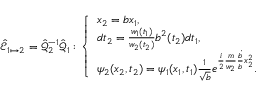
\hat { \mathcal { E } } _ { 1 \mapsto 2 } = \hat { \mathcal { Q } } _ { 2 } ^ { - 1 } \hat { \mathcal { Q } } _ { 1 } : \left\{ \begin{array} { l l } { x _ { 2 } = b x _ { 1 } , } \\ { d t _ { 2 } = \frac { w _ { 1 } ( t _ { 1 } ) } { w _ { 2 } ( t _ { 2 } ) } b ^ { 2 } ( t _ { 2 } ) d t _ { 1 } , } \\ { \psi _ { 2 } ( x _ { 2 } , t _ { 2 } ) = \psi _ { 1 } ( x _ { 1 } , t _ { 1 } ) \frac { 1 } { \sqrt { b } } e ^ { \frac { i } { 2 } \frac { m } { w _ { 2 } } \frac { \dot { b } } { b } x _ { 2 } ^ { 2 } } . } \end{array} \right.